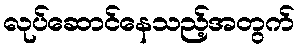
လုပ်ဆောင်နေသည့်အတွက်